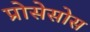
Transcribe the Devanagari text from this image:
प्रोसेसोस